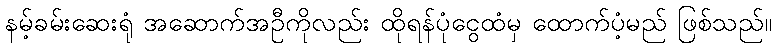
နမ့်ခမ်းဆေးရုံ အဆောက်အဦကိုလည်း ထိုရန်ပုံငွေထံမှ ထောက်ပံ့မည် ဖြစ်သည်။